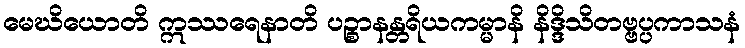
မေဃိယောတိ ဣဿရေနာတိ ပဉ္စာနန္တရိယကမ္မာနိ နိဒ္ဒိသိတဗ္ဗပ္ပကာသနံ